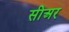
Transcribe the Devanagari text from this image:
सीअर